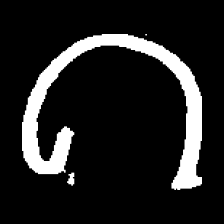
Pyu character \u2014 Myanmar letter: ဂ (romanized: ga)